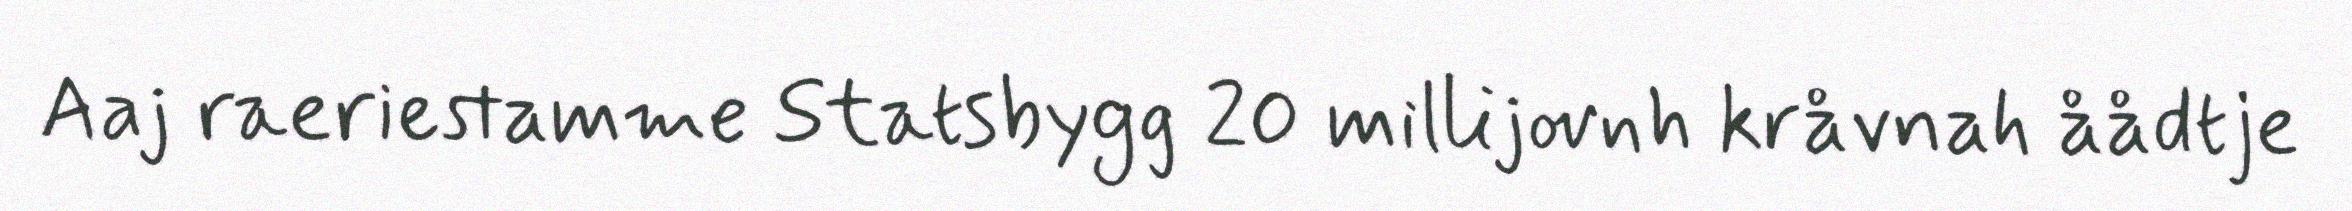
Aaj raeriestamme Statsbygg 20 millijovnh kråvnah åådtje